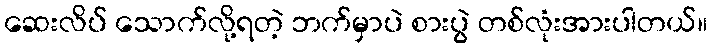
ဆေးလိပ် သောက်လို့ရတဲ့ ဘက်မှာပဲ စားပွဲ တစ်လုံးအားပါတယ်။